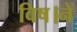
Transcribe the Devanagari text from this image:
विष।ने